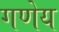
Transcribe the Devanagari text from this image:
गणेय